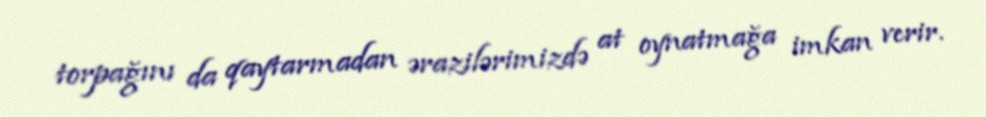
torpağını da qaytarmadan ərazilərimizdə at oynatmağa imkan verir.